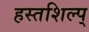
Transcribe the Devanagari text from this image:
हस्तशिल्प्